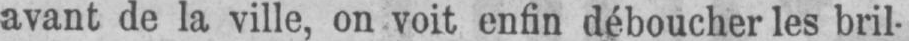
avant de la ville, on voit enfin déboucher les bril-